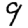
Digit: 9